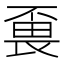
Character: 𱰸